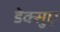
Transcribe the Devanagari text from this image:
डेक्सुए